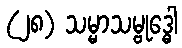
(၂၈) သမ္မာသမ္ဗုဒ္ဓေါ